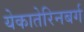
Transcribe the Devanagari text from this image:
येकातेरिनबर्ग